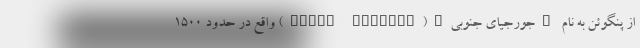
از پنگوئن به نام "جورجیای جنوبی"(South Georgia) واقع در حدود ۱۵۰۰